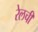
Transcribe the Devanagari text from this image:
रेलची